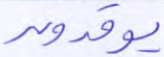
يوقدون